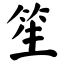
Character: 笙